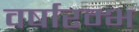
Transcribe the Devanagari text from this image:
वर्षारम्भ